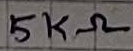
Text: 5KΩ